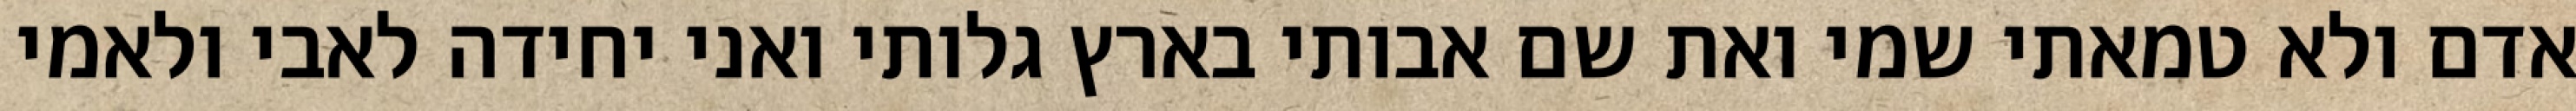
אדם ולא טמאתי שמי ואת שם אבותי בארץ גלותי ואני יחידה לאבי ולאמי